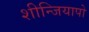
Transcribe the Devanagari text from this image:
शीन्जियापो